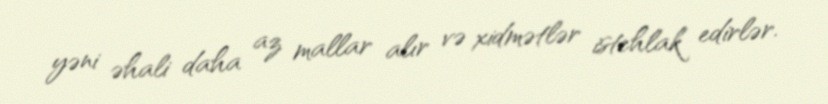
yəni əhali daha az mallar alır və xidmətlər istehlak edirlər.